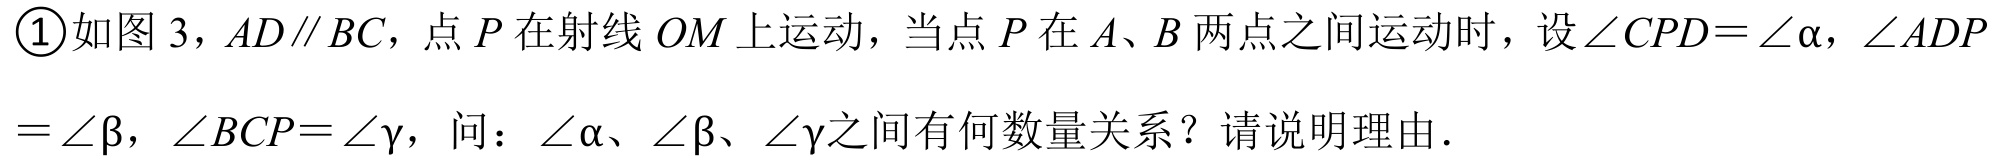
\textcircled{1}如图3，\(AD\parallel BC\)，点\(P\)在射线\(OM\)上运动，当点\(P\)在\(A、B\)两点之间运动时，设\(\angle CPD = \angle\alpha\)，\(\angle ADP=\angle\beta\)，\(\angle BCP=\angle\gamma\)，问：\(\angle\alpha、\angle\beta、\angle\gamma\)之间有何数量关系？请说明理由.